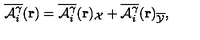
\overline { { { \cal { A } } _ { i } ^ { \gamma } } } ( { \bf { r } } ) = \overline { { { \cal { A } } _ { i } ^ { \gamma } } } ( { \bf { r } } ) _ { \cal X } + \overline { { { \cal { A } } _ { i } ^ { \gamma } } } ( { \bf { r } } ) _ { \overline { { \cal Y } } } ,